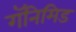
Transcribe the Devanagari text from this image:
गॅनिमिड